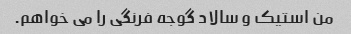
من استیک و سالاد گوجه فرنگی را می خواهم.